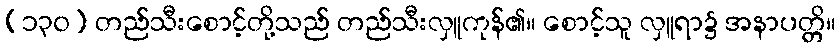
(၁၃၀) တည်သီးစောင့်တို့သည် တည်သီးလှူကုန်၏။ စောင့်သူ လှူရာ၌ အနာပတ္တိ။